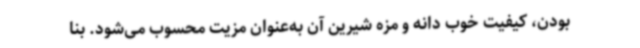
بودن، کیفیت خوب دانه و مزه شیرین آن به‌عنوان مزیت محسوب می‌شود. بنا